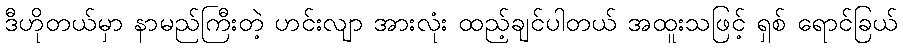
ဒီဟိုတယ်မှာ နာမည်ကြီးတဲ့ ဟင်းလျာ အားလုံး ထည့်ချင်ပါတယ် အထူးသဖြင့် ရှစ် ရောင်ခြယ်